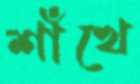
শাঁখে